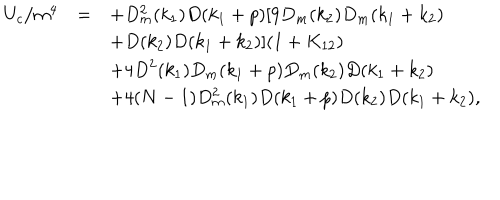
\begin{array} { r c l } { { U _ { c } / m ^ { 4 } } } & { { = } } & { { \displaystyle + D _ { m } ^ { 2 } ( k _ { 1 } ) D ( k _ { 1 } + p ) [ 9 D _ { m } ( k _ { 2 } ) D _ { m } ( k _ { 1 } + k _ { 2 } ) } } \\ { { } } & { { } } & { { \displaystyle + D ( k _ { 2 } ) D ( k _ { 1 } + k _ { 2 } ) ] ( 1 + K _ { 1 2 } ) } } \\ { { } } & { { } } & { { \displaystyle + 4 D ^ { 2 } ( k _ { 1 } ) D _ { m } ( k _ { 1 } + p ) D _ { m } ( k _ { 2 } ) D ( k _ { 1 } + k _ { 2 } ) } } \\ { { } } & { { } } & { { \displaystyle + 4 ( N - 1 ) D _ { m } ^ { 2 } ( k _ { 1 } ) D ( k _ { 1 } + p ) D ( k _ { 2 } ) D ( k _ { 1 } + k _ { 2 } ) , } } \\ \end{array}